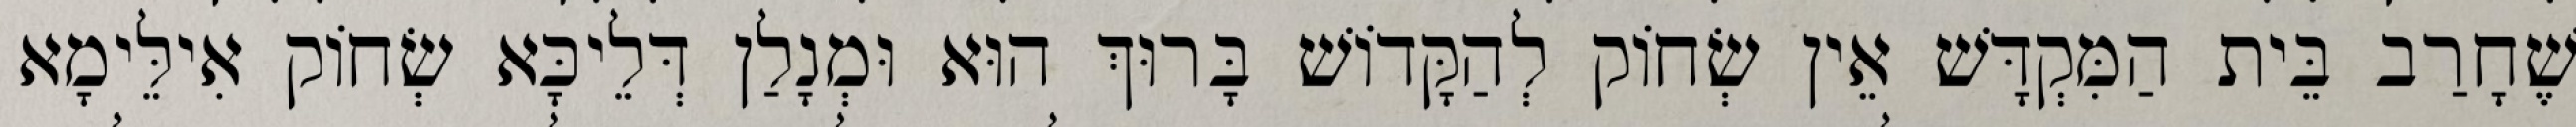
שֶׁחָרַב בֵּית הַמִּקְדָּשׁ אֵין שְׂחוֹק לְהַקָּדוֹשׁ בָּרוּךְ הוּא וּמְנָלַן דְּלֵיכָּא שְׂחוֹק אִילֵּימָא